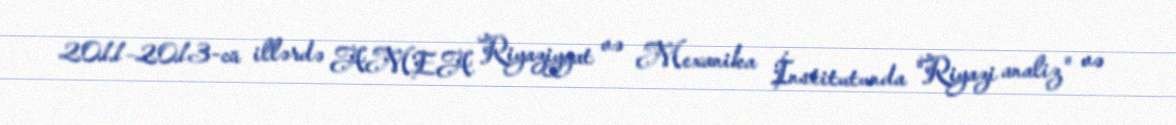
2011–2013-cü illərdə AMEA Riyaziyyat və Mexanika İnstitutunda "Riyazi analiz" və